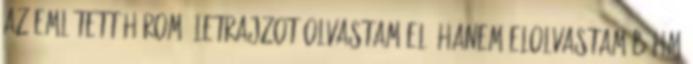
az említett három életrajzot olvastam el, hanem elolvastam Böhm